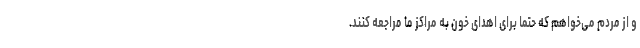
و از مردم می‌خواهم که حتما برای اهدای خون به مراکز ما مراجعه کنند.